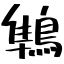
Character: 鶽